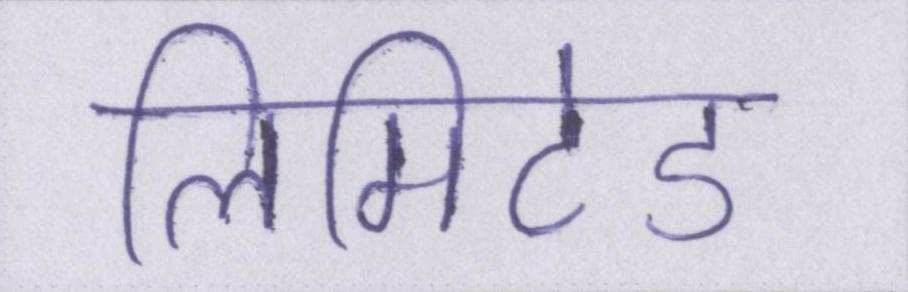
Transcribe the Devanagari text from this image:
लिमिटेड